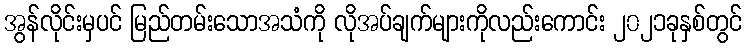
အွန်လိုင်းမှပင် မြည်တမ်းသောအသံကို လိုအပ်ချက်များကိုလည်းကောင်း ၂၀၂၁ခုနှစ်တွင်